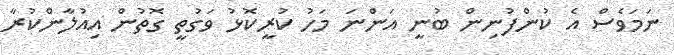
ނަމަވެސް އެ ކުންފުނިން ބުނީ އަންނަ މަހު ކުރީކޮޅު ވަގުތީ ގޮތުން އިއުލާންކުރާ